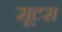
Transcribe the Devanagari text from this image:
सूटस